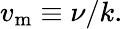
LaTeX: v_{\mathrm{{m}}}\equiv\nu/k.